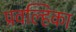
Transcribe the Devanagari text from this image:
प्रवल्हिका